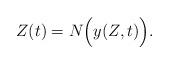
LaTeX: \begin{align*} Z(t)&=N\Bigl(y(Z,t)\Bigr). \end{align*}